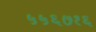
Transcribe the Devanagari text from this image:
५५६७१६